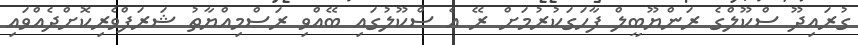
ގުރައިދޫ ސްކޫލްގެ ރަންޔޫބީލް ފާހަގަކުރުމަށް ރޭ އެ ސްކޫލުގައި ބޭއްވި ރަސްމިއްޔާތު ޝަރަފްވެރިކޮށްދެއްވައި